Annual statistical returns and brief notes on vaccination in Bengal - 1909-1929
Year: 1909
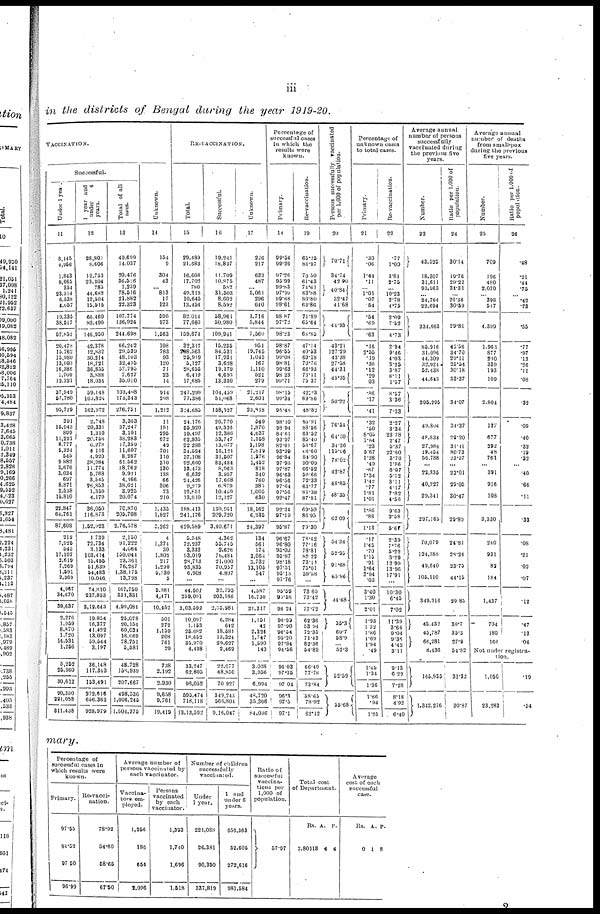
iii
in the districts of Bengal during the year 1919-20.
VACCINATION.
successful.
Under 1 year.
11
8,145
4,956
1,843
8,665
334
23,314
6,538
4,057
19,335
38,517
57,852
20,478
10,762
15,980
13,093
16,386
1,709
12,321
37,949
67,780
95,729
391
16,943
899
11,221
8,777
5,324
545
9,882
3,676
3,034
697
8,871
2,538
16,810
22,847
64,761
87,608
212
7,925
545
17,107
2,619
7,269
1,591
2,369
4,967
34,670
39,637
2,276
1,959
8,870
1,720
14,531
1,256
5,262
25,360
30,612
90,350
221,088
311,438
1 year and
under
6
years.
12
28,801
8,606
12,753
23,304
785
44,682
12,504
15,515
66,460
80,490
146,950
42,378
12,832
30,214
18,721
36,855
3,888
18,034
59,148
103,824
162,972
2,748
20,331
1,310
20,758
6,278
4,116
4,920
38,984
11,774
5,768
3,545
26,853
1,359
4,179
36,060
116,873
1,52,923
1,739
72,734
3,133
103,414
15,455
51,639
64,483
10,046
74,810
237,833
3,12,643
19,854
16,377
41,422
13,097
59,544
3,197
36,148
117,343
153,491
272,616
656,363
928,979
Total of all
ages.
13
49,699
14,037
20,476
36,526
1,239
78,616
21,882
22,323
107,774
136,924
244,698
66,242
29,539
48,103
32,435
57,795
7,627
35,010
103,408
173,343
276,751
3,363
37,247
3,101
38,283
17,359
11,607
8,287
61,562
18,762
9,921
4,166
38,621
3,925
20,074
70,870
205,708
2,76,578
2,150
91,222
4,064
150,044
23,361
76,267
1,38,175
13,798
167,750
331,331
4,99,081
25,078
20,154
60,034
18,069
78,751
5,581
48,728
158,939
207,667
498,530
1,006,245
1,504,775
Unknown.
14
154
9
304
43
... 813
17
123
590
973
1,563
108
783
93
120
71
23
14
914
298
1,212
11
191
295
672
49
701
110
310
130
138
66
306
73
210
1,435
1,827
3,262
4
1,374
30
1,802
217
1,290
5,730
5
5,981
4,171
10,452
501
272
1,159
208
761
29
738
2,192
2,930
9,658
9,761
19,419
RE-VACCINATION.
Total.
15
29,489
21,683
16,608
17,702
780
49,313
10,645
13,454
82,014
77,660
159,674
32,317
208,563
26,919
5,127
28,655
6,419
17,685
247,299
77,386
324,685
24,176
55,920
19,497
62,935
22,288
34,594
37,108
92,660
13,473
6,632
24,426
9,219
12,851
13,810
188,413
241,176
429,589
5,548
72,237
3,332
93,019
28,713
93,835
6,908
...
44,501
259,091
3,03,592
10,097
1,153
25,682
18,652
35,970
4,498
33,247
62,805
96,052
695,474
718,118
13,13,592
Successful.
16
19,241
18,837
11,709
10,875
582
31,503
8,602
8,592
58,961
50,980
109,941
15,235
84,531
17,931
3,628
19,179
4,693
13,330
104,459
51,068
158,527
20,770
49,526
12,386
53,747
13,077
16,121
31,507
83,484
8,963
3,957
17,668
6,879
10,469
12,127
130,951
209,720
3,40,671
4,362
55,745
2,626
76,484
21,000
70,957
4,807
...
32,795
203,186
2,35,981
6,284
642
18,581
13,324
29,627
2,469
22,077
48,850
70,927
349,243
566,804
9,16,047
Unknown.
17
226
217
633
487
... 5,061
296
640
1,716
5,844
7,560
951
19,745
1,045
167
1,110
521
279
21,217
2,601
23,818
549
1,870
4,637
1,558
1,198
7,819
1,376
1,452
818
340
760
385
1,005
630
18,162
6,235
24,397
134
561
174
3,064
3,732
13,105
547
...
4,587
16,730
21,317
1,151
42
2,324
1,747
1,590
149
3,038
3,956
6,994
48,720
35,366
84,086
Percentage of
successful cases
in which the
results were
known.
Primary.
18
99.54
99.26
97.26
95.99
99.83
97.99
99.68
98.61
98.87
97.72
98.23
98.87
96.55
99.08
98.81
99.63
98.23
99.71
98.15
99.34
95.48
98.10
98.94
84.61
93.97
82.61
93.99
96.84
97.98
97.87
96.63
96.56
97.64
97.56
92.47
92.24
97.19
95.87
96.67
96.80
95.03
95.87
98.18
97.51
95.13
97.76
95.59
95.58
96.24
96.90
97.90
96.54
95.20
97.84
94.56
96.03
97.35
97.04
96.3
97.5
97.1
Re-vaccination.
19
65.25
86.97
70.50
61.43
74.61
63.88
80.80
63.86
71.89
65.64
68.85
47.14
40.53
69.18
70.76
66.93
73.11
75.37
42.23
69.86
48.82
85.91
88.56
63.52
85.40
58.67
46.60
84.90
90.09
66.52
59.66
72.33
63.77
81.38
87.81
69.50
86.95
79.30
78.62
77.16
78.81
82.22
73.14
75.01
59.58
...
73.60
73.42
77.72
62.36
53.94
72.35
71.43
82.36
54.89
66.40
77.78
73.84
58.65
78.92
62.12
Persons successfully vaccinated
per 1,000 of population.
20
70.71
34.74
42.90
40.84
32.47
41.68
44.93
43.21
127.29
43.38
27.58
44.31
45.35
50.22
76.54
64.30
34.36
115.06
78.02
42.87
48.85
48.35
62.09
54.34
52.95
91.68
65.86
44.68
35.3
60.7
58.9
... 52.3
52.59
55.68
Percentage of
unknown cases
to total cases.
Primary.
21
.30
.06
1.44
.11
... 1.01
.07
.54
.54
.69
.63
.16
2.55
.19
.36
.12
.29
.03
.86
.17
.41
.32
.50
8.05
1.64
.23
5.67
1.28
.49
.67
1.34
1.42
.77
1.81
1.01
1.86
.86
1.13
.17
1.45
.70
1.15
.91
1.64
3.94
.03
3.40
1.30
2.01
1.93
1.32
1.86
1.09
1.94
.49
1.45
1.34
1.36
1.86
.94
1.25
Re-vaccination.
22
.77
1.00
3.81
2.75
... 10.23
2.78
4.75
2.09
7.52
4.73
2.94
9.46
4.03
3.25
3.87
8.11
1.57
8.57
3.36
7.33
2.27
3.34
23.78
2.47
5.37
22.60
3.70
1.56
6.07
5.12
3.11
4.17
7.82
4.56
9.63
2.58
5.60
2.39
7.76
5.22
3.29
12.99
13.96
17.91
...
10.30
6.45
7.02
11.39
3.64
9.04
9.35
4.42
3.11
9.13
6.29
7.28
8.18
4.92
6.40
Average annual
number of persons
successfully
vaccinated during
the previous five
years.
Number.
23
43,525
18,307
31,611
93,963
... 24,764
22,694
234,663
85,916
31,096
44.309
32,924
52,438
44,643
295,295
49,804
48,834
27,984
19,454
56,788
...
22,335
40,227
29,341
297,165
70,079
124,363
49,640
105,110
349,216
45,432
45,787
66,281
8,436
165,935
1,342,276
Ratio per 1,000 of
population.
24
30.14
19.76
29.22
34.31
... 26.38
30.59
29.81
45.56
34.70
29.11
25.54
30.18
33.37
34.07
34.37
29.20
31.41
80.73
23.97
...
23.01
29.05
30.47
29.89
24.81
28.24
23.75
44.15
29.85
30.7
35.3
27.9
54.82
31.32
30.87
Average annual
number of deaths
from small-pox
during the previous
five years.
Number.
25
709
196
480
2,070
... 398
547
4,399
1,963
877
200
339
193
109
2,804
137
677
292
48
761
...
391
916
108
3,330
240
931
82
184
1,437
704
180
166
Ratio per 1,000 of
population.
26
.48
.21
.44
.75
... .42
.73
.55
.77
.97
.13
.26
.11
.08
.32
.09
.40
.32
.19
.32
...
.40
.66
.11
.33
.08
.21
.02
.07
.12
.47
.13
.06
Not under registra-
tion.
1,050
23,283
.19
.54
mary.
Percentage of
successful cases in
which results were
known.
Primary.
97.55
94.52
97.50
96.99
Re-vacci-
nation.
78.92
54.60
58.65
67.50
Average number of
persons vaccinated by
each vaccinator.
Vaccina-
tors em-
ployed.
1,266
186
654
2,096
Persons
vaccinated
by each
vaccinator.
1,393
1,740
1,696
1,518
Number of children
successfully
vaccinated.
Under
1 year.
221,088
26,381
90,350
337,819
1 and
under 6
years.
656,363
52,605
272,616
981,584
Ratio of
succesfful
vaccina-
tions per
1,000 of
population.
57.97
Total cost
of Department.
Rs.
2,80118
A.
4
P.
4
Average
cost of each
successful
case.
Rs.
0
A.
1
P.
8